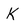
Character: k